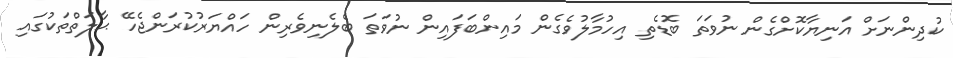
ކުދިންނަށް އަނިޔާކޮށްގެން ނުވަތަ ބޮޑެތި އިހުމާލުވެގެން މައިންބަފައިން ނުވަތަ ބެލެނިވެރިން ހައްޔަރުކުރަންޖެހޭ ޙާލަތްތަކުގައި